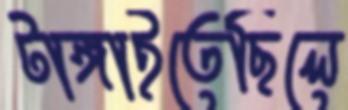
টাঙ্গাইতেছিলে